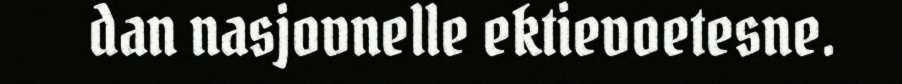
dan nasjovnelle ektievoetesne.